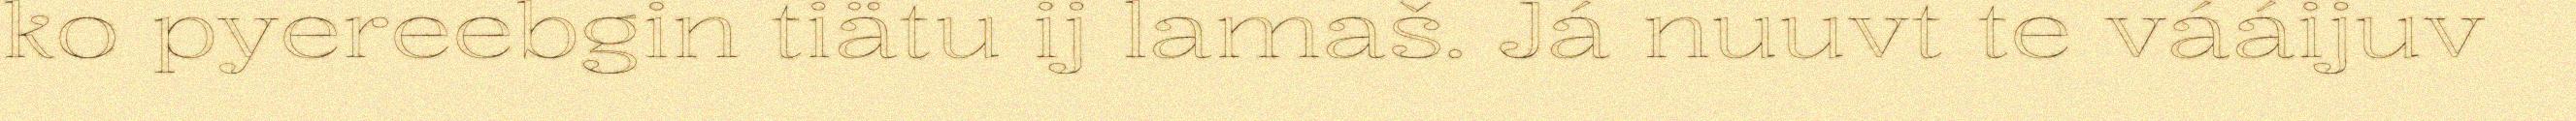
ko pyereebgin tiätu ij lamaš. Já nuuvt te vááijuv